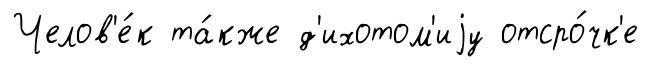
Челов'е́к та́кже д'ихотом'иjу отсро́чк'е